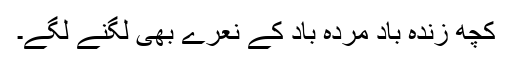
کچھ زندہ باد مردہ باد کے نعرے بھی لگنے لگے۔